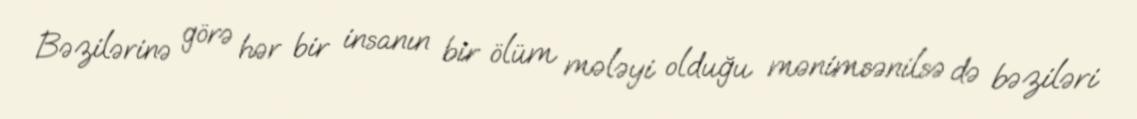
Bəzilərinə görə hər bir insanın bir ölüm mələyi olduğu mənimsənilsə də bəziləri